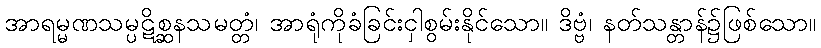
အာရမ္မဏသမ္ပဋိစ္ဆနသမတ္တံ၊ အာရုံကိုခံခြင်းငှါစွမ်းနိုင်သော။ ဒိဗ္ဗံ၊ နတ်သန္တာန်၌ဖြစ်သော။